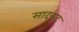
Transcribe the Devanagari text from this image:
सादवाद